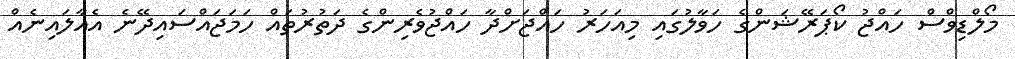
މޯލްޑިވްސް ހައްޖު ކޯޕަރޭޝަންގެ ހަވާލުގައި މިއަހަރު ހައްޖަށްދާ ހައްޖުވެރިންގެ ދަތުރުތައް ހަމަޖައްސައިދޭނެ އެއާލައިނެއް